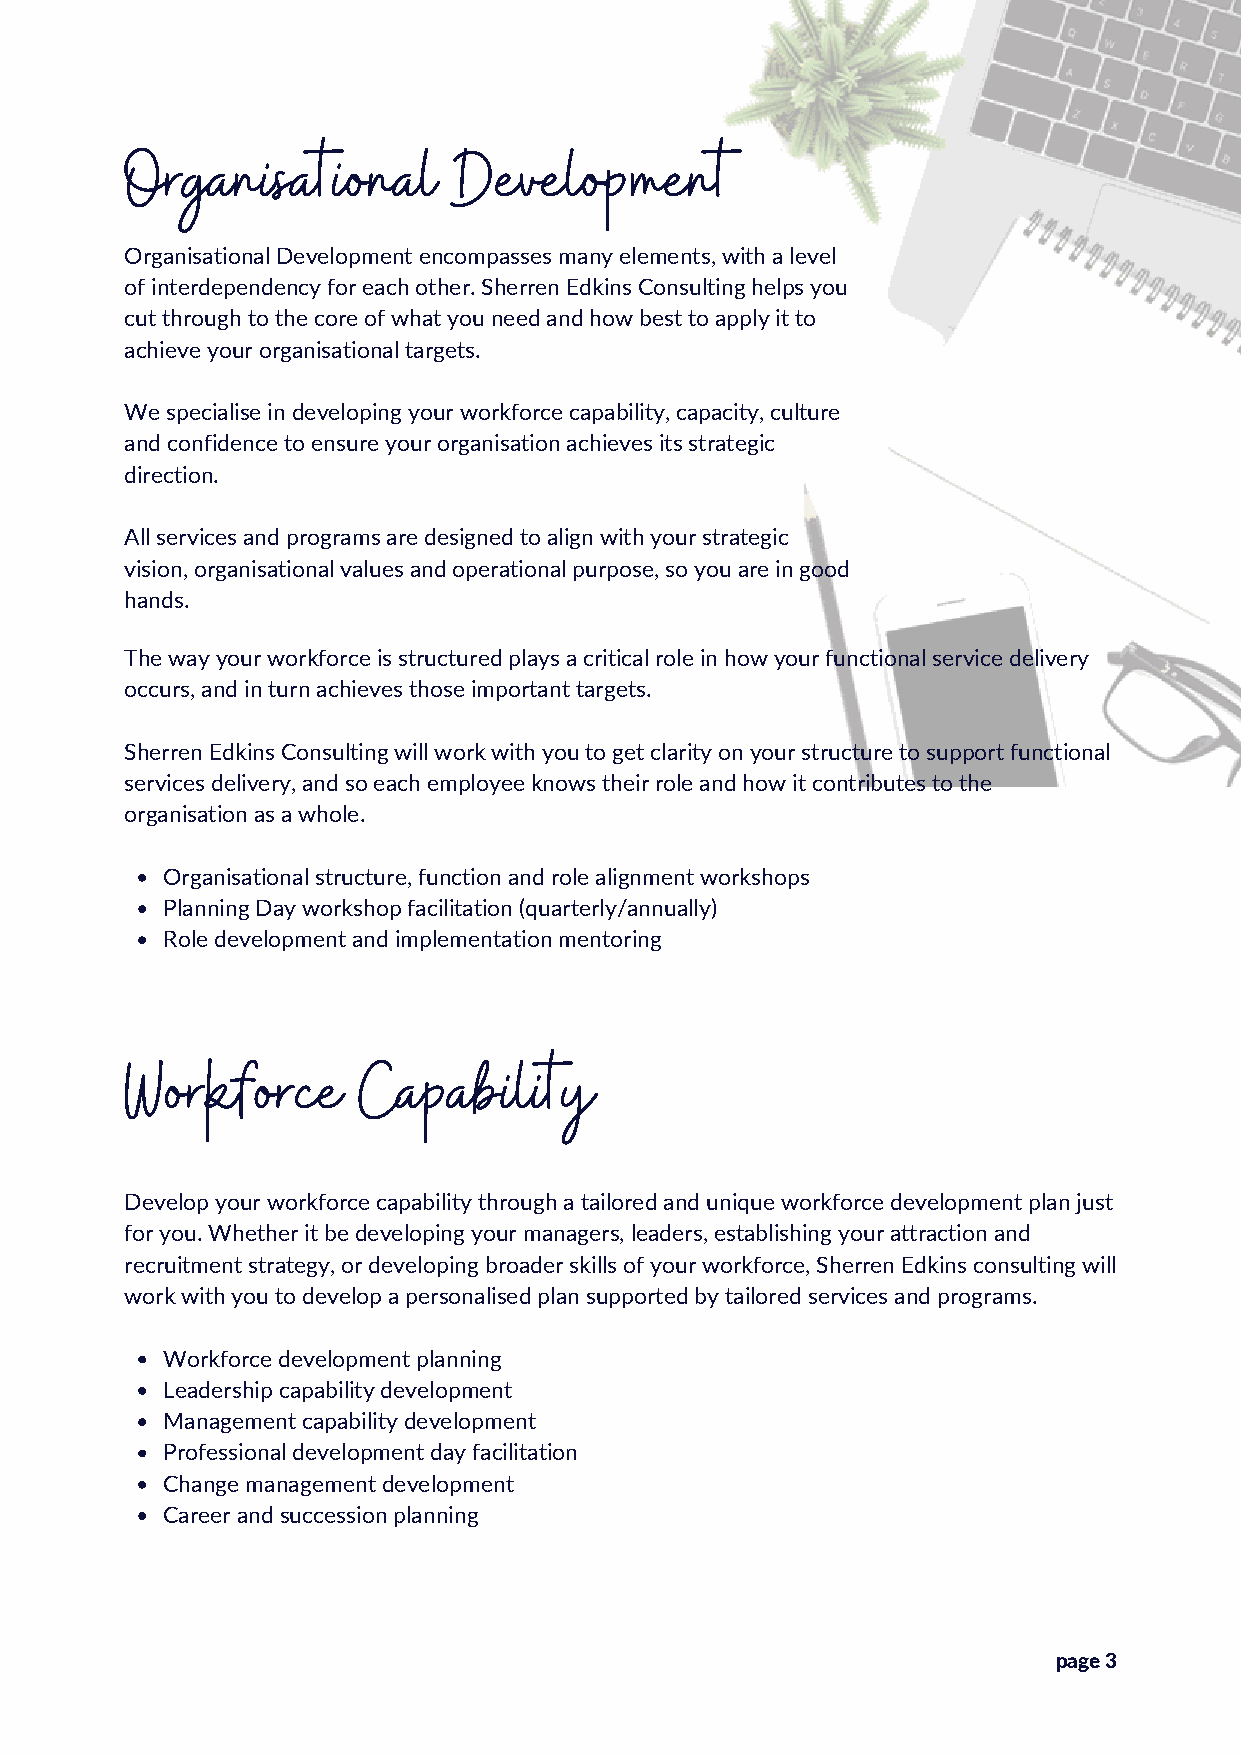
Organisational        Development
 Organisational Development encompasses many elements, with a level
 of interdependency for each other. Sherren Edkins Consulting helps you
 cut through to the core of what you need and how best to apply it to
 achieve your organisational targets.
 We specialise in developing your workforce capability, capacity, culture
 and confidence to ensure your organisation achieves its strategic
 direction.
 All services and programs are designed to align with your strategic
 vision, organisational values and operational purpose, so you are in good
 hands.
 The way your workforce is structured plays a critical role in how your functional service delivery
 occurs, and in turn achieves those important targets.
 Sherren Edkins Consulting will work with you to get clarity on your structure to support functional
 services delivery, and so each employee knows their role and how it contributes to the
 organisation as a whole.
 Organisational structure, function and role alignment workshops
 Planning Day workshop facilitation (quarterly/annually)
 Role development and implementation mentoring
 Workforce       Capability
 Develop your workforce capability through a tailored and unique workforce development plan just
 for you. Whether it be developing your managers, leaders, establishing your attraction and
 recruitment strategy, or developing broader skills of your workforce, Sherren Edkins consulting will
 work with you to develop a personalised plan supported by tailored services and programs.
 Workforce development planning
 Leadership capability development
 Management capability development
 Professional development day facilitation
 Change management development
 Career and succession planning
 page 3